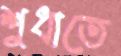
শুধাতে